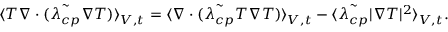
\langle T \boldsymbol { \nabla } \cdot ( { \tilde { \lambda _ { c p } } \boldsymbol { \nabla } T } ) \rangle _ { V , t } = \langle \boldsymbol { \nabla } \cdot ( \tilde { \lambda _ { c p } } T \boldsymbol { \nabla } T ) \rangle _ { V , t } - \langle \tilde { \lambda _ { c p } } | \boldsymbol { \nabla } T | ^ { 2 } \rangle _ { V , t } .